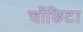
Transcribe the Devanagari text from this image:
चोंछिटा